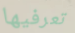
تعرفيها